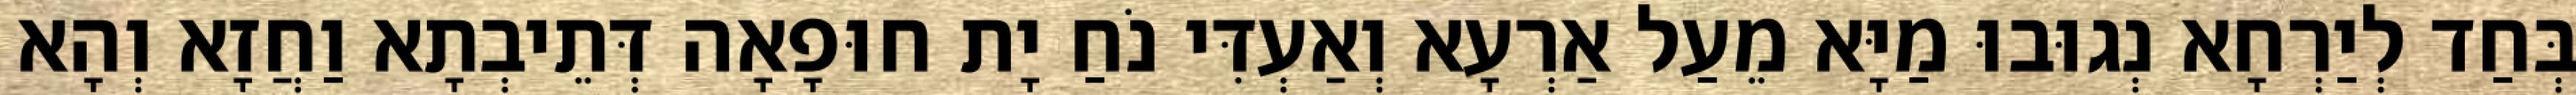
בְּחַד לְיַרְחָא נְגוּבוּ מַיָּא מֵעַל אַרְעָא וְאַעְדִּי נֹחַ יָת חוּפָאָה דְּתֵיבְתָא וַחֲזָא וְהָא